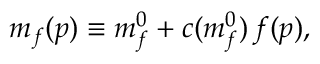
m _ { f } ( p ) \equiv m _ { f } ^ { 0 } + c ( m _ { f } ^ { 0 } ) \, f ( p ) ,